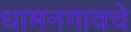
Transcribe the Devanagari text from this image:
धामनगावचे